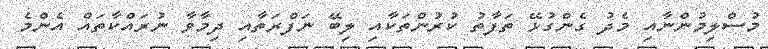
މުސްލިމުންނާއި މެދު ގެންގުޅޭ ތަފާތު ކުރުންތަކާއި ލިބޭ ނަފްރަތާއި ދިމާވާ ނުރައްކާތައް އެންމެ